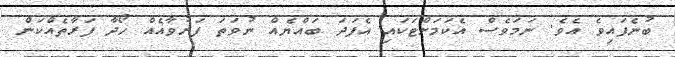
ބުނެފައިވެ އެވެ. ނަމަވެސް އެކަމަށްޓަކައި އެފަދަ ބައްޔެއް ނުވަތަ ފަރުވާއެއް ހޯދާ ފަރާތެއްކަން